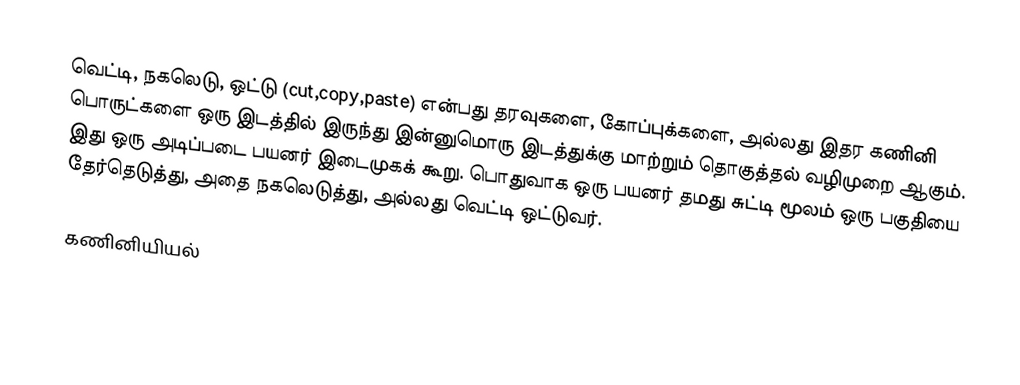
வெட்டி, நகலெடு, ஒட்டு (cut,copy,paste) என்பது தரவுகளை, கோப்புக்களை, அல்லது இதர கணினி பொருட்களை ஒரு இடத்தில் இருந்து இன்னுமொரு இடத்துக்கு மாற்றும் தொகுத்தல் வழிமுறை ஆகும். இது ஒரு அடிப்படை பயனர் இடைமுகக் கூறு. பொதுவாக ஒரு பயனர் தமது சுட்டி மூலம் ஒரு பகுதியை தேர்தெடுத்து, அதை நகலெடுத்து, அல்லது வெட்டி ஒட்டுவர்.

கணினியியல்